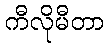
ကီလိုမီတာ